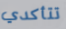
تتأكدي